Annual report of the Punjab Veterinary College and of the Civil Veterinary Department, Punjab - 1926-1932
Year: 1926
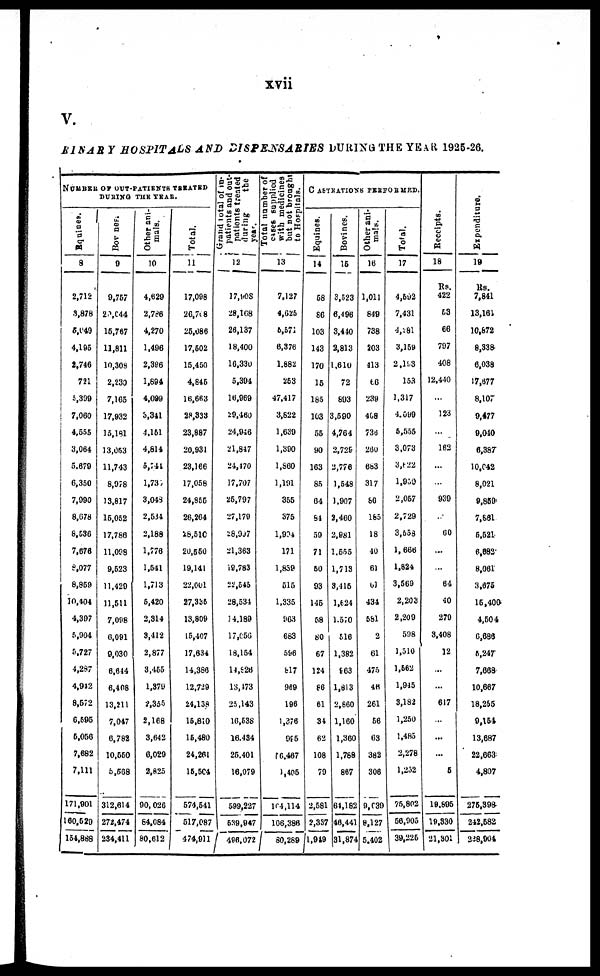
xvii
V.
RINARY HOSPIT ALS AND DISPENSARIES DURING THE YEAR 1925-26.
NUMBER OF OUT-PATIENTS TREATED
DURING THE YEAR.
Equines.
8
2,712
3,878
5,049
4,195
2,746
721
5,399
7,060
4,655
3,064
5.670
6,350
7,090
8,678
8,636
7,676
8,077
8,869
10,404
4,307
5,904
5,727
4,287
4,942
8,672
0,695
6,056
7,682
7,111
171,901
160,620
154,888
Bovines.
9
9,757
20,644
16,767
11,811
10,309
2,230
7,165
17,932
15,181
13,053
11,743
8,978
13,817
15,052
17,786
11,098
9,523
11,429
11,511
7,098
6,091
0,030
6,614
6,408
13,211
7,047
6,782
10,550
5,568
312,614
272,474
234,411
Other ani-
mals.
10
4,629
2,786
4,270
1,496
2,396
1,894
4,099
3,341
4,151
4,814
5,741
1,737
3,048
2,534
2,188
1,776
1,541
1,713
5,420
2,314
3,412
2,877
3,455
1,379
2,355
2,168
3,642
6,029
2,825
90,026
64,084
80,612
Total.
11
17,098
26,708
25,086
17,502
15,450
4,845
16,663
28,833
23,887
20,931
23,166
17,058
24,855
26,264
28,510
20,550
19,141
22,001
27,335
13,809
15,407
17,634
14,386
12,729
24,138
15,810
15,480
24,261
15,504
574,541
517,087
474,911
Grand total of in-
patients and out-
pationts treated
during
the year.
12
17,908
28,168
26,137
18,400
16,330
5,394
16,969
29,460
24,946
21,847
24,470
17,707
25,797
27,179
28,997
21,363
19,783
22,545
28,531
14,189
17,656
18,154
14,926
13,473
25,143
16,538
16.434
25,401
16,079
599,227
539,947
496,072
Total number of
cases supplied
with medicines
but not brought
to Hospitals.
13
7,127
4,625
6,571
6,376
1.882
253
47,417
3,822
1,639
1,390
1,860
1,191
355
375
1,904
171
1,839
515
1,335
963
683
596
bl7
969
196
1,876
995
rC.,467
1,405
104,114
106,386
80,289
CASTRATIONS PERFORMED.
Equines.
14
58
80
103
143
170
15
185
103
55
90
163
85
64
64
59
71
50
93
145
68
80
67
124
66
61
34
62
108
79
2,581
2,337
1,949
Bovines.
16
3,523
6,496
3,410
2,813
1.610
72
893
3,590
4,764
2,729
2,776
1,548
1.007
2,460
2,981
1.555
1,713
3,415
1,624
1,570
516
1,382
963
1,813
2,660
1,160
1,360
1,788
867
61,182
46,441
31,874
Other ani-
mals.
16
1,011
840
738
203
113
to
239
468
730
260
683
317
86
185
18
40
61
61
434
581
2
61
475
46
261
56
63
382
306
9,039
8,127
5.402
Total.
17
4,592
7,431
4,181
3,159
2,193
153
1,317
4,099
5,555
3,073
3,622
1,050
2,057
2,729
3,658
1,666
1,824
3,569
2,203
2,209
598
1,510
1,562
1,915
3,182
1,250
1,485
2,278
1,252
75,802
56,905
39,225
Recei pt s .
18
Rs.
422
63
66
797
408
12,440
...
123
...
162
...
...
939
...
60
...
...
64
40
279
3,408
12
...
...
617
...
...
...
6
19,895
19,330
21,301
Expenditure.
19
Us.
7,841
13,161
10,872
8,33a
6,038
17,677
8,107
0,477
9,040
6,387
10,642
8,021
9,859
7,661
5,521
6,682
8,061
3,675
15,400
4,504
6,688
5,247
7,668
10,667
18,255
9,154
13,687
22,663
4,807
275,39a
242,582
288,904